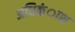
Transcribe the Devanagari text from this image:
अधिकंाश